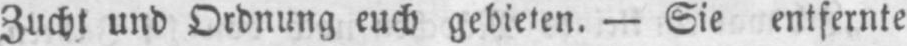
Zucht und Ordnung euch gebieten. - Sie entfernte